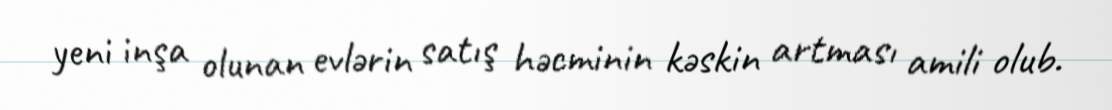
yeni inşa olunan evlərin satış həcminin kəskin artması amili olub.